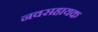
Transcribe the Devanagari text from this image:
नवसहायक